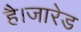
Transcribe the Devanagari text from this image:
है।जारेड